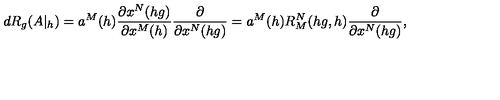
d R _ { g } ( A | _ { h } ) = a ^ { M } ( h ) \frac { \partial x ^ { N } ( h g ) } { \partial x ^ { M } ( h ) } \frac { \partial } { \partial x ^ { N } ( h g ) } = a ^ { M } ( h ) R _ { M } ^ { N } ( h g , h ) \frac { \partial } { \partial x ^ { N } ( h g ) } ,